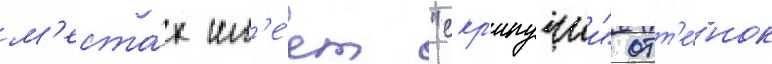
м'еста́х им'е́ет "скр'ипучии" отт'е́нок